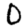
Digit: 0